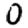
Digit: 0